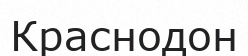
Краснодон